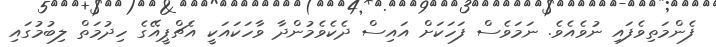
ފެންމަތިވެފައި ނުވެއެވެ. ނަމަވެސް ފަހަކަށް އައިސް ދެކެވެމުންދާ ވާހަކައަކީ އެޗްޕީއޭގެ ހިދުމަތް ލިބުމުގައި